Vital statistics of India. Vol. IV, Annual returns from 1871 to 1876. British Army of India, Native Army and jails of Bengal
Year: 1871
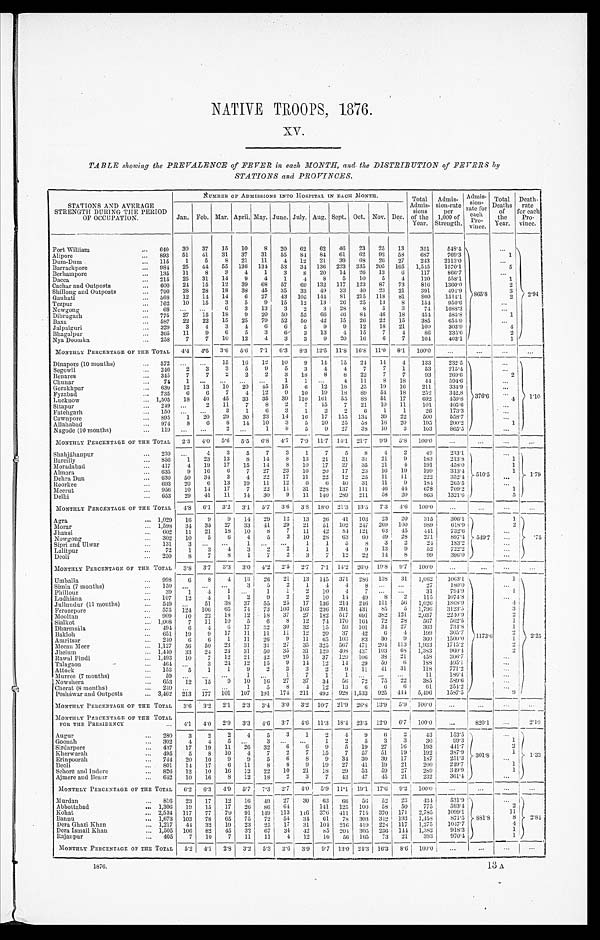
NATIVE TROOPS, 1876.
XV.
TABLE showing the PREVALENCE of FEVER in each MONTH, and the DISTRIBUTION of REVERS by
STATIONS and PROVINCES.
STATIONS AND AVERAGE
STRENGTH DURING THE PERIOD
OF OCCUPATION.
NUMBER OF ADMISSIONS INTO HOSPITAL IN EACH MONTH
T o t a l A d m i s -
s i o n s o f t h e
Year.
A d m i s -
s i o n - r a t e
per
1,000 of Strength.
A d m i s - s i o n -
rate for
each Pro-
vince.
Total D e a t h s
of
the
Year.
Death. rate for each
Pro-
vince.
Jan. Feb. Mar. April. May.
J u n e .
July. Aug.
S e p t .
Oct. Nov. Dec.
F o r t W i l l i a m
640 30 37 15 10 8 20 62 62 46 23 25 13 351 548.4
865.8
2 . 9 4
Alipore
893 51 41 31 37 31 55 84 84 61 62 92 58 687
769.3
1
Dum-Dum
115 1 5 8 21 11 4 12 21 39 6 8 26 27 243 2113.0
Barrackpore
984 25 44 55 136 134 53 34 136 223 335 205 165 1,545 1570.1
5
Berhampore
135 11 8 3 4 1 3 8 20 14 2 6 13 6 117 866.7
Dacca
215 25 31 14 9 4 1 4 8 5 10 5 4 120 558.1
1
Cachar and Outposts
600 24 15 12 39 68 57 6 9 132 117 123 87 73 816 1360.0
2
Shillong Outposts
790 28 28 18 3 8 45 35 33 49 33 4 0 23 21 391 494.9
3
Gauhati
568 12 14 14
6 27 43 105 144 81 215 118 81 860 1514.1
2
Tezpur
162 10 15 3 5 9 15 12 13 26 25 13 8 154 950.6
Nowgong
6 8
6 3 13 3 2 3 28 8 5 3
74 1088.3
Dibrugarh
775 27 15 18 9 20 50 55 66 4 6 84 4 6 18 454 585.8
1
Baxa
587 22 22 15 25 79 52 50 42 15 26 22 15 385 655.9
Jalpaiguri
329 3 4 3 4 6 6 5 9 9 12 18 21 100 303.9
4
Bhagalpur
365 11 9 6 5 3 6 3 13 4 15 7 4
8 6 235.6
2
Nya.Doomka
258 7 7 1 0 12
4 3
3
9 20 16
6 7 104 403.1
1
MONTHLY PERCENTAGE OF THE TOTAL 4 . 4 4 . 5 3.6
5 . 6 7.1 6.3
8 .
3 12.5 11.8 16.8 11.0 8.1 100.0
Dinapore (10 months)
572
15 16 12 10 9 14 15 24 14 4 133 232.5
376.6
1 . 1 0
Segowli
246 2 3 3 5 9 5 3 4 4 7 7 1
53 215.4
Benares
345 7 7 2 2 2 3 18 8 8 22 7 7
93 269.6
2
Chunar
74
1
1
1
4 11
8 18
44 594.6
Gorakhpur
630 12 13 10 20 45 15 6 12 18 25 19 16 211 334.9
Fyzabad
735 6 6 7 4 12 9 10 19 18 89 54 18
2 5 2 342.8
Lucknow
1,505 18 40 45 33 35 39 110 161 55 88 51 17 692 459.8
4
Sitapur
249
2 11 7 8 2 7 15 7 21 10 11 101
4 0 5 . 6
F a t e h g a r h 150
3 1 6 3 1 2 2
6 1 1
26 173.3
Cawnpore
895 1 20 29 30 23 14 16 17 155 134 39 22 500 558.7
Allahabad
974 8 6 8 14 10 3 5 20 25 58 18 20 195 200.2
1
Nagode (10 months)
1 1 9
2
1 8 5 9 27 38
1 0 3 163 865.5
MONTHLY PERCENTAGE OF THE TOTAL 2 . 3
4.0 5.6 5.5 6.8 4.7 7.9 11.7 14.1 21.7 9.9 5.8 100.0
Shahjáhanpur 230
4 3 5 7 3 1 7 5 8
4 2
49 213.1
510 . 5
1 . 7 9
Bareilly
856 1
23 13
8 14 8 13 21 21 31 21 9 183 213.8
1
Moradabad
417
4 19 17 15 14
8 10 17 27 35 21
4 191 458.0
1
Almora
635 9 16 6 7 27 23 16 20 17 23 16 19 199 313.4
1
Dehra Dun
630 50 34 3
4 22 17 11 22 12 25 11 11 222
3 5 2 . 4
Roorkee
693
2 0 6 13 19 11 12 6 6
4 0 31 11 9 184 265.5
Meerut
956 10 14 17 7 22 11 31 228 137 111 46 44 678 709.2
1
Delhi
653
2 9 41 11 14 30 9 11 140 289 211 58 20 863 1321.6
5
MONTHLY PERCENTAGE OF THE TOTAL 4.8 6.1 3.2 3.1 5.7 3 . 6
3.8 18.0 21.3 13.5 7.3 4 . 6
100.0
Agra
1,029 16 9 9 14 29 12 13 26 41 103 23 20 315 306.1
549.7
1
.75
Morar
1,598 34 35 27 33 41 29 21 51 102 247 269 100 989 618.9
2
Jhausi
602 11 21 18 10 8 7 11 42
8 4 121 63 45 441 732.6
Nowgong
302 10 5
6 4 5 3 10 28 63 60 49 28 271 897.4
Sipri and Ulwar 131 3
1
1 1 5 8 3 2
24 183.2
Lalitpur
72 1 3 4 3 2 2 1 1 4 9 13 9
52 722.2
Deoli
250
8 7 8 1 7 2 3 7 12 22 14 8 9 9
396.0
MONTHLY PERCENTAGE OF THE TOTAL 3.8 3.7 3.3 3.0 4.2 2.5 2.7 7.1 1 4 . 2 26.0 19.8
9 . 7 100.0
Umballa
998 6 8 4 13 26 21 13 145
3 7 1 286 138 31 1,062 1063.1
1173.6
1
2.25
Simla (7 months)
150
3 5 2 1
4 4 8
27 180.0
Phillour
39 1 4 1
1 1
2 10 4 7
31 794.9
1
Ludhiana
107 12 4 1 2 9 2 2 10 14 49 8 2 115 1074.8
Jullundur (11 months)
549
51 38 37 55 25 17 136 214 246 151 56 1,026 1868.9
4
Ferozepore 575 124 106 65 74 73 103 103 236 391 431 85 5 1,796 3123.5
3
Mooltan
909 10 22 18 12 18 37 27 182 517 691 382 121 2,037 2240.9
2
Sialkot
1,008 7 11 10 5 6 8 12 74 170 164 72 28 567 562.5
1
Dharmsála
494
6 4 6 17 32 30 32 15 59 101 34
2 7 363 734.8
1
Bakloh
6 5 1 19 9 17 11 11 11 12 20 37 42 6 4 199 305.7
2
Amritsar
240
6
6 1 11 26 9 11 65 103
8 3 30 9 360 1500.0
1
Meean Meer 1,127 56 50 23 31 31 27 35 325 567 4 7 1 204 113 1, 933 1715.2
2
Jhelum
1,440 33 24 24 31 50 35 31 139 408 437 103 68 1,383 960.4
2
Rawal Pindi 1,493 10 7 12 21 42 20 15 37 129 106 38 21 458 306.7
Talagaon
464
3 24 12 15 9 14 12
1 4 29 50 6 188 405.1
Attock
153 5 1 1 9 2
3 3 2 9 11 41 31 118 771.2
Murree (7 months)
59
1
1 7 1 1
11 186.4
Nowshera
653 12 15 9 10 16 27 37 34 56 72 75 22 385 589.6
Cherat (8 months)
2 4 0
1 5 8
4 12 13
6 6
6 61 254.2
Pesháwar and Outposts 3,469 213 177 101 107 191 174 211 492 928 1,533 925
4 4 4 5,496 1587.5
9
MONTHLY PERCENTAGE OF TILE TOTAL 3.6 3.2 2.1 2.3 3.4 3.0
3 .
2 10.7 21.9 26.8 13.9 5.9 100.0
MONTHLY PERCENTAGE OF THE TOTAL
FOR THE PRESIDENCY
4.1
4 . 0 2.9 3.3 4.6 3 . 7
4 . 6 11.3 18.4 23.5 12.9 6.7 100.0
820.1
2.10
Augur
280 3 2 2 4 5 3 1 2
4 9
6 2
43 153.5
301.8
1 . 3 3
Goonah
302 4
4 5
3
1 2 5 3 3
30
99.3
1
Sirdarpore
437 17 19 11 26 32 6 6 9 5 19 27 16 193 441.7
2
Kherwarah
495 5 8 10 4 7 2 7 15 7 57 51 19 192 387.9
1
Erinpoorah 744 20 10 9 9 5 6
8 9 34 30 30 17 187 251.3
Deoli
801 14 17
6 11 8 8 9 19 27 41 19 21 200 249.7
1
Sehore and Indore 826 12 10 16 12 22 10 21 18 29 53 59 27 289 349.9
1
Ajmere and Beaur
642 10 16 8 12 18 2 3 7 43 47 45 21 232 361.4
MONTHLY PERCENTAGE OF THE TOTAL
6 . 2 6.3 4.9 5.7 7.3 2.7 4.0 5.9 11.1 19.1 17.6 9.2 100.0
Murdan
816 23 17 12 16
4 9 27 30 63 66 56 52 23 434 531.9 8 8 1 . 8
2.84
Abbottabad
1,306 19 15 17 26
8 6 64
141 125 100 58 50
7 7 5 593.4
2
Kohat
2,534 117 77 7 9 91 149 113 116 376 411 715 370 171 2,785 1099.1
1 1
Bannu
1,673 103 78 65 75 72 54 34 61 78 303
3 4 2 193 1,458 871.5
8
Dera Ghazi Khan 1,217 44 32 19 23 25 17 31 104 216 419 228 117 1,275 1047.7
4
Dera Ismail Khan 1,505 106 82 45 32 67 34 42 85 204 305 236 144 1,382 918.3
1
Rajanpur
405 7
1 0 7 11 11
4 12 16 56 165 73 21 393 970.4
1
MONTHLY PERCENTAGE OF THE TOTAL 5.2 4.1 2.8 3.2
5 . 3 3 . 6 3 . 9 9.7 13.0 24.3 16.3
8 . 6 100.0
1876.
13
A